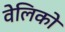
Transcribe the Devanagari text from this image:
वेलिको